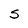
Character: S